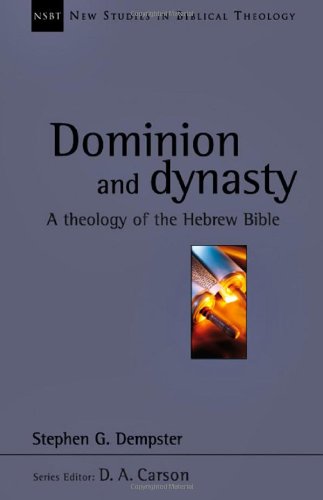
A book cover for Dominion and Dynasty: A Biblical Theology of the Hebrew Bible (New Studies in Biblical Theology); Stephen G. Dempster; Christian Books & Bibles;